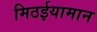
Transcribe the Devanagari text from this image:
मिठईयामान